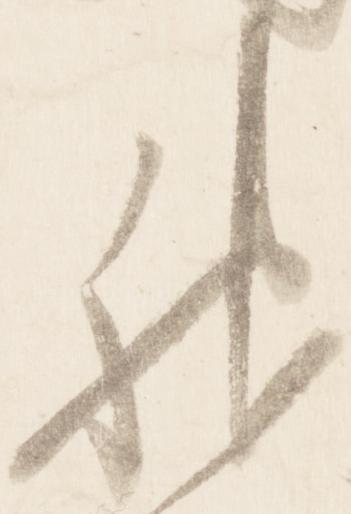
神